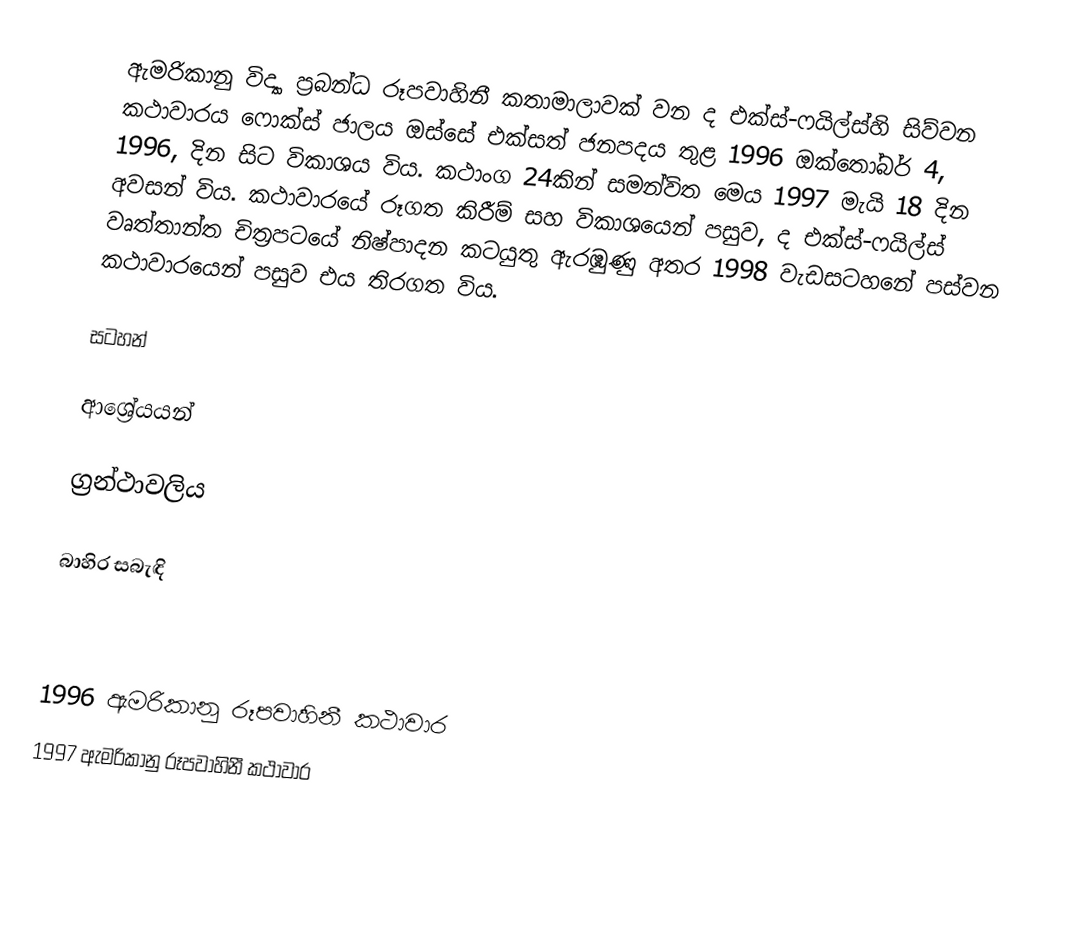
ඇමරිකානු විද්‍යා ප්‍රබන්ධ රූපවාහිනී කතාමාලාවක් වන ද එක්ස්-ෆයිල්ස්හි සිව්වන කථාවාරය ෆොක්ස් ජාලය ඔස්සේ එක්සත් ජනපදය තුළ 1996 ඔක්තෝබර් 4, 1996, දින සිට විකාශය විය. කථාංග 24කින් සමන්විත මෙය 1997 මැයි 18 දින අවසන් විය. කථාවාරයේ රූගත කිරීම් සහ විකාශයෙන් පසුව, ද එක්ස්-ෆයිල්ස් වෘත්තාන්ත චිත්‍රපටයේ නිෂ්පාදන කටයුතු ඇරඹුණු අතර 1998 වැඩසටහනේ පස්වන කථාවාරයෙන් පසුව එය තිරගත විය.

සටහන්

ආශ්‍රේයයන්

ග්‍රන්ථාවලිය

බාහිර සබැඳි

1996 ඇමරිකානු රූපවාහිනී කථාවාර
1997 ඇමරිකානු රූපවාහිනී කථාවාර